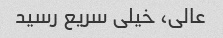
عالی، خیلی سریع رسید